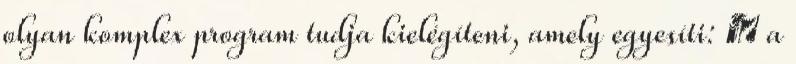
olyan komplex program tudja kielégíteni, amely egyesíti:  a